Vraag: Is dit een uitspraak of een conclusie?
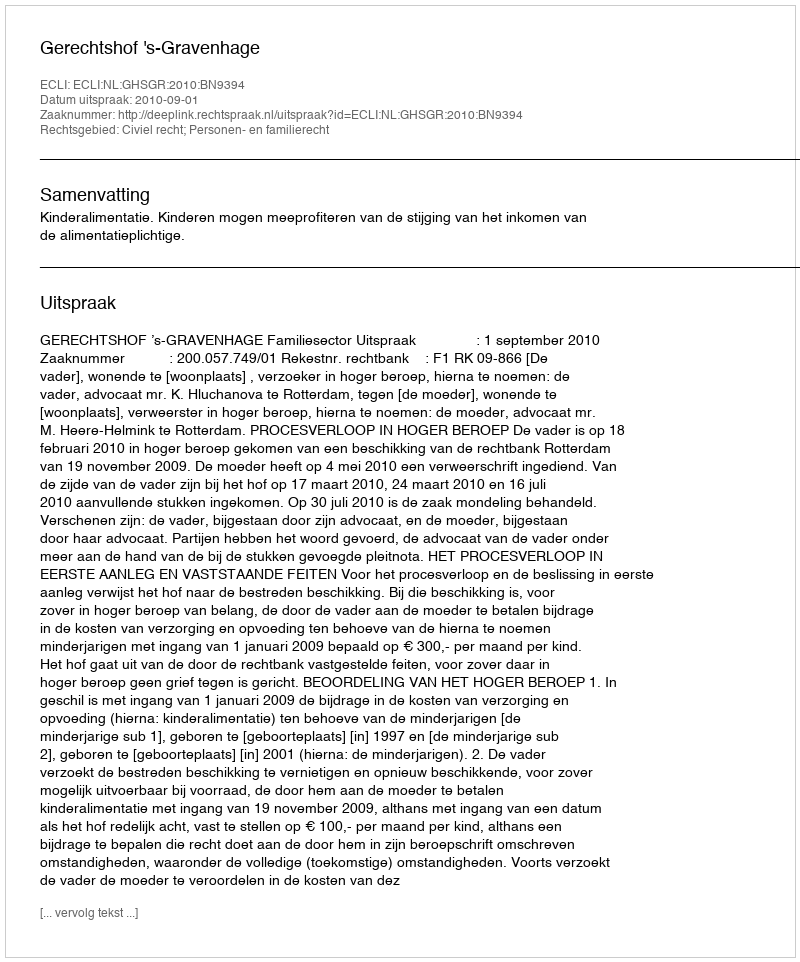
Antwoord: Uitspraak